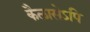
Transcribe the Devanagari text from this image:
कैलासेऽपि